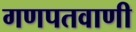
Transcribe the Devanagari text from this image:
गणपतवाणी